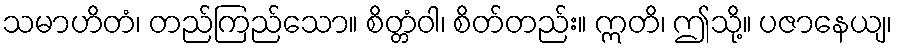
သမာဟိတံ၊ တည်ကြည်သော။ စိတ္တံဝါ၊ စိတ်တည်း။ ဣတိ၊ ဤသို့။ ပဇာနေယျ၊